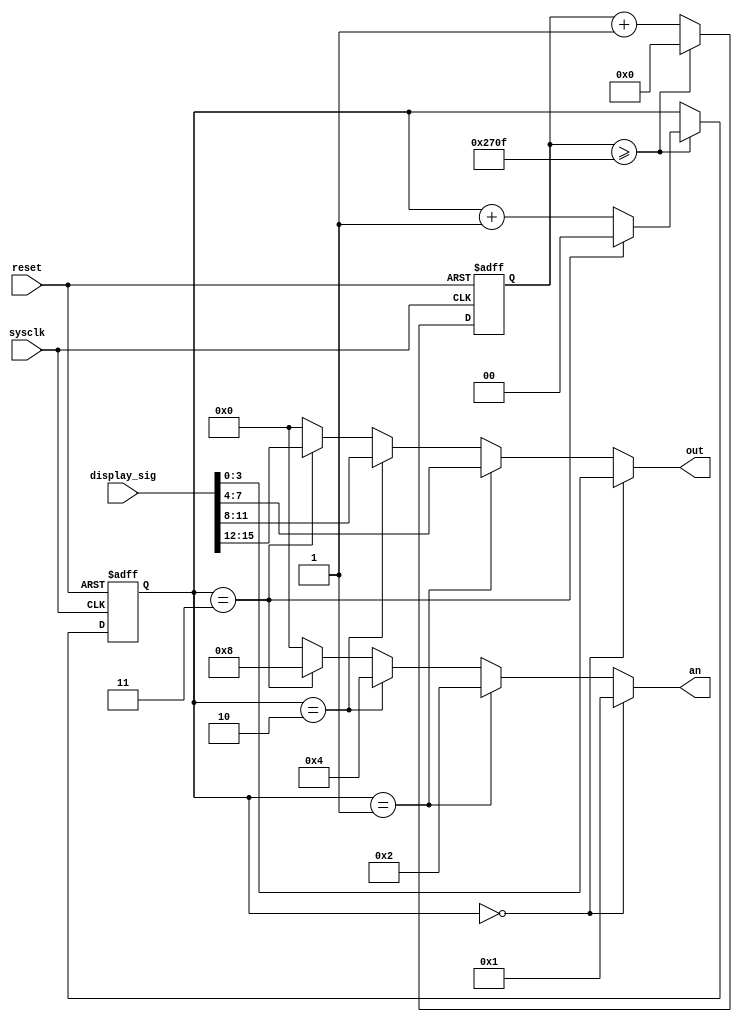
module BCD_16to4(reset, sysclk, display_sig, out, an);
input wire reset;
input wire sysclk;
input wire [15:0] display_sig;
output wire [3:0] out;
output wire [3:0] an;
reg [32:0] count;
reg [1:0] status;

initial begin
    count <= 0;
end

always@(posedge reset or posedge sysclk) begin
    if(reset) begin
        count <= 0;
        status <= 0;
    end
    else begin
        if(count >= 9999) begin
            if(status == 3)
                status <= 0;
            else
                status <= status + 1;
            count <= 0;
        end
        else
            count <= count + 1;
    end
end 

assign out = status == 2'b00 ? display_sig[3:0] :
             status == 2'b01 ? display_sig[7:4] :
             status == 2'b10 ? display_sig[11:8] :
             status == 2'b11 ? display_sig[15:12] : 0;

assign an = status == 2'b00 ? 4'b0001 :
            status == 2'b01 ? 4'b0010 :
            status == 2'b10 ? 4'b0100 :
            status == 2'b11 ? 4'b1000 : 0;

endmodule